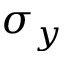
\sigma _ { y }